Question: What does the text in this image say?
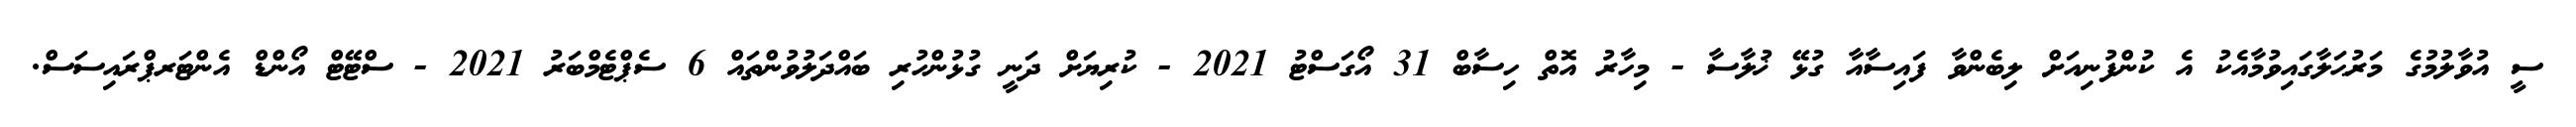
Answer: ސީ އުވާލުމުގެ މަރުޙަލާގައިވުމާއެކު އެ ކުންފުނިއަށް ލިބެންވާ ފައިސާއާ ގުޅޭ ޚުލާސާ - މިހާރު އޮތް ހިސާބް 31 އޯގަސްޓު 2021 - ކުރިޔަށް ދަނީ ގުޅުންހުރި ބައްދަލުވުންތައް 6 ސެޕްޓެމްބަރު 2021 - ސްޓޭޓް އޯންޑް އެންޓަރޕްރައިސަސް.